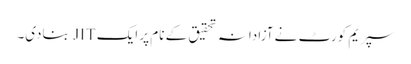
سپریم کورٹ نے آزادانہ تحقیق کے نام پر ایک JIT بنادی۔